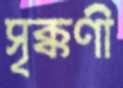
সৃক্কণী